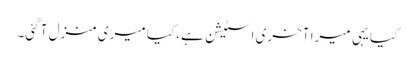
کیا یہی میرا آخری اسٹیشن ہے، کیا میری منزل آ گئی۔